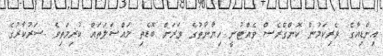
އިންޑިއާގެ ވެރިކަމުން ކޮންގްރެސް ވެއްޓުނީ ހިޔާނާތުގެ ވަރަށް ބޮޑެތި މައްސަލަތައް ކުރިމަތިވެ ސަރުކާރުގެ